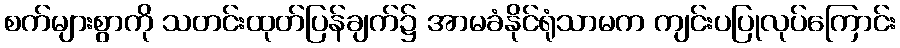
စက်များစွာကို သတင်းထုတ်ပြန်ချက်၌ အာမခံနိုင်ရုံသာမက ကျင်းပပြုလုပ်ကြောင်း